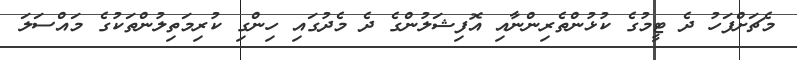
މެޗަށްފަހު ދެ ޓީމުގެ ކުޅުންތެރިންނާއި އޮފިޝަލުންގެ ދެ މެދުގައި ހިންގި ކުރިމަތިލުންތަކުގެ މައްސަލަ